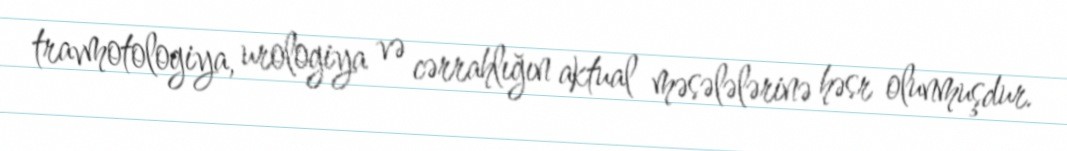
travmotologiya, urologiya və cərrahlığın aktual məsələlərinə həsr olunmuşdur.